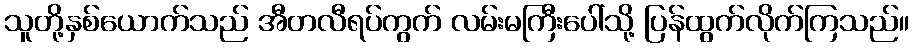
သူတို့နှစ်ယောက်သည် အီတလီရပ်ကွက် လမ်းမကြီးပေါ်သို့ ပြန်ထွက်လိုက်ကြသည်။